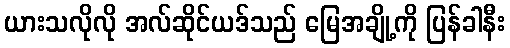
ယားသလိုလို အလ်ဆိုင်ယဒ်သည် မြေအချို့ကို ပြန်ခါနီး